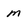
Character: M